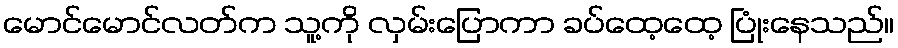
မောင်မောင်လတ်က သူ့ကို လှမ်းပြောကာ ခပ်ထေ့ထေ့ ပြုံးနေသည်။